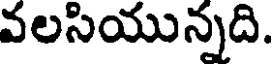
వలసియున్నది.